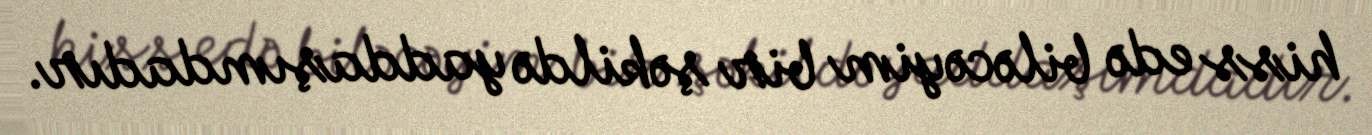
hiss edə biləcəyim bir şəkildə yaddaşımdadır.